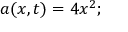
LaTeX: a ( x , t ) = 4 x ^ { 2 } ;